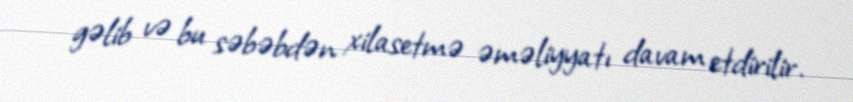
gəlib və bu səbəbdən xilasetmə əməliyyatı davam etdirilir.